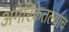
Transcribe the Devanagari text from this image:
अमेरिकेतल्याच